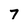
Character: 7